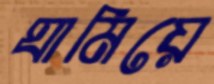
ঘামিয়ে